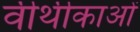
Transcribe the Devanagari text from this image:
वीथीकाओं